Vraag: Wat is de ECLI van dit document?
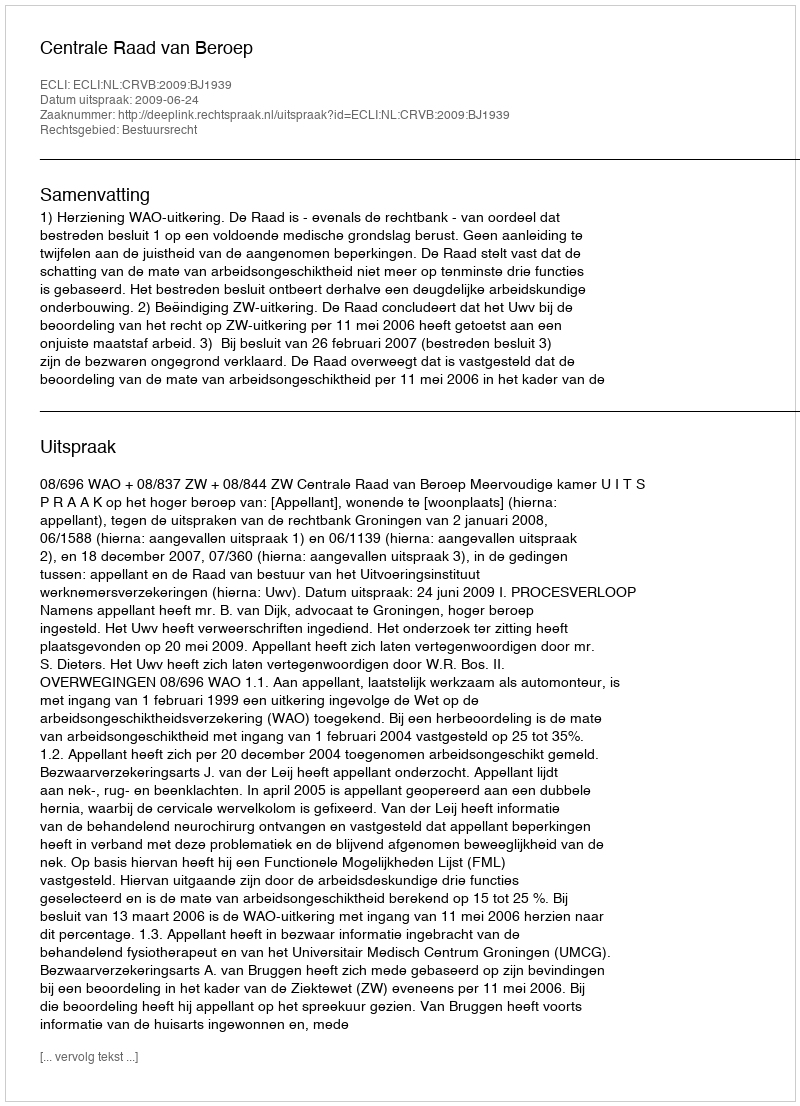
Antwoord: ECLI:NL:CRVB:2009:BJ1939